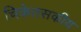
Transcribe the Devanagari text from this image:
चिकेतसकीय